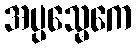
အပ္ပသ္မေကေ